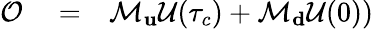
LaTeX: \begin{array}{rlr}{\mathcal{O}}&{{}=}&{\mathcal{M}_{\mathbf u}\mathcal{U}(\tau_{c})+\mathcal{M}_{\mathbf d}\mathcal{U}(0))}\end{array}